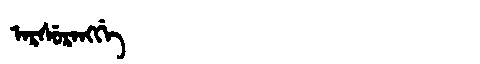
Manchu: ᠠᡵᠰᡠᡵᠠᠩᡤᡝ
Romanization: ARSURANGGE